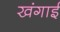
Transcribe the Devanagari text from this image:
खंगाई